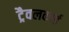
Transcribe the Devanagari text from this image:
ट्रैवलकार्ड